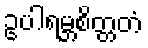
ဥပါရမ္ဘစိတ္တတံ